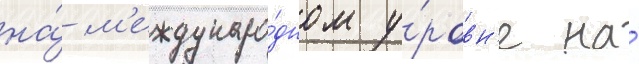
на́ м'еждунаро́дном у́ровн'е на́